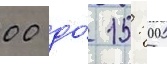
00 до́ 15: 00